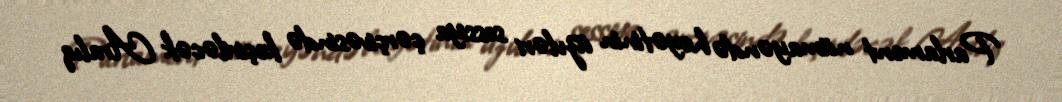
Parlament nümayəndə heyətinin üzvləri sessiya çərçivəsində keçiriləcək Aralıq